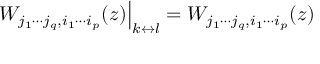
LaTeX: \qquad \left. W _ { j _ { 1 } \cdots j _ { q } , i _ { 1 } \cdots i _ { p } } ( z ) \right| _ { k \leftrightarrow l } = W _ { j _ { 1 } \cdots j _ { q } , i _ { 1 } \cdots i _ { p } } ( z ) \qquad